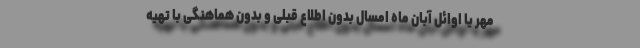
مهر یا اوائل آبان ماه امسال بدون اطلاع قبلی و بدون هماهنگی با تهیه